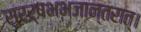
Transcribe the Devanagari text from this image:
सुरर्षभभजान्तरात्।